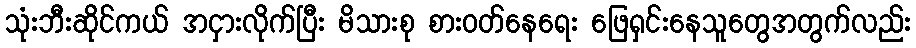
သုံးဘီးဆိုင်ကယ် အငှားလိုက်ပြီး မိသားစု စားဝတ်နေရေး ဖြေရှင်းနေသူတွေအတွက်လည်း